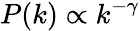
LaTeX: P(k)\propto k^{-\gamma}